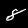
Label: 8